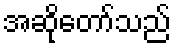
အဆိုတော်သည်